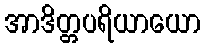
အာဒိတ္တပရိယာယော